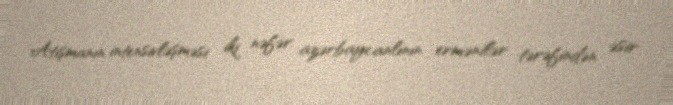
Atışmanın intensivləşməsi iki nəfər azərbaycanlının ermənilər tərəfindən əsir